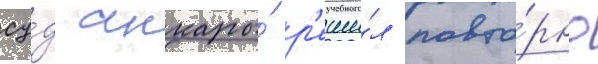
су́д анкары́ р'еши́л повто́рно